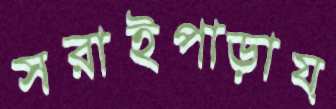
সরাইপাড়ায়